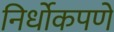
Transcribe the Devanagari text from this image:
निर्धोकपणे